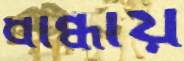
ধান্ধায়